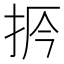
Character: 𢫲